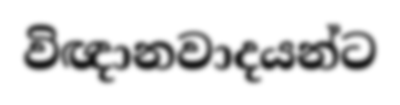
විඥානවාදයන්ට